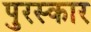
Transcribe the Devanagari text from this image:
पुरस्कार